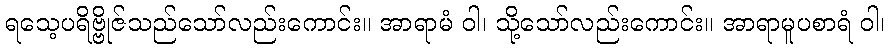
ရသေ့ပရိဗ္ဗိုဇ်သည်သော်လည်းကောင်း။ အာရာမံ ဝါ၊ သို့သော်လည်းကောင်း။ အာရာမူပစာရံ ဝါ၊